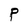
Character: P